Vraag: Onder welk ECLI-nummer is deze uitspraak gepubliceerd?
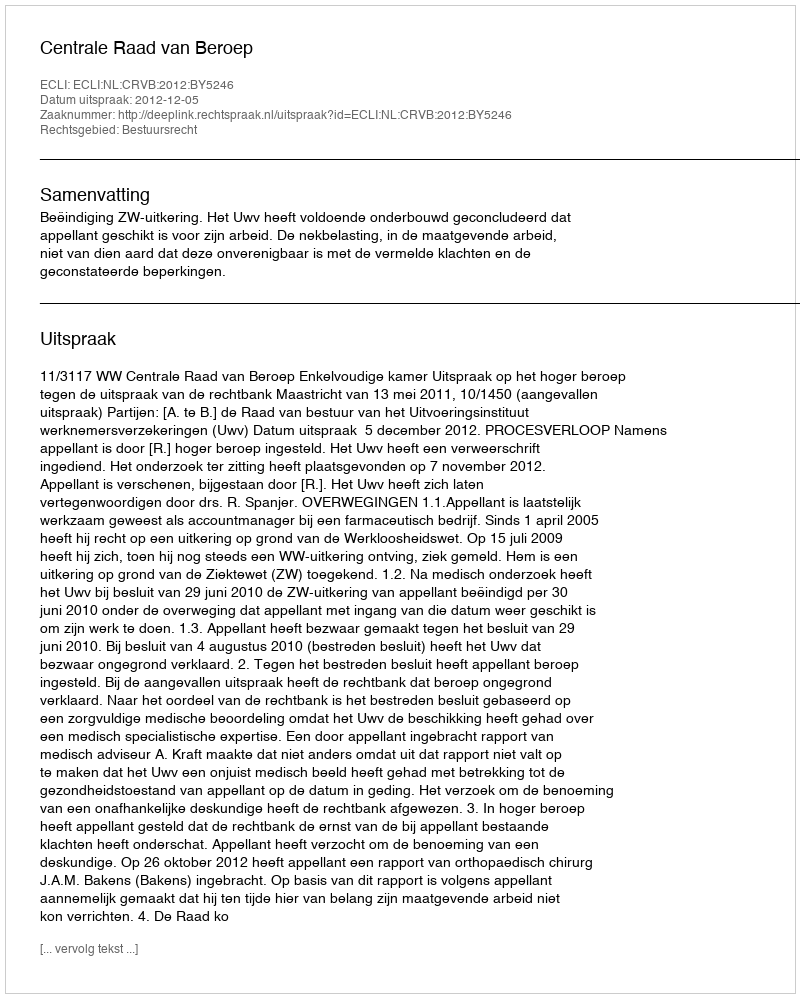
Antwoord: ECLI:NL:CRVB:2012:BY5246